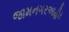
જામનગરઆહીર